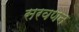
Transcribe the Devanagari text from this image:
सरवणन